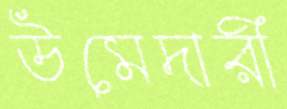
উমেদারী